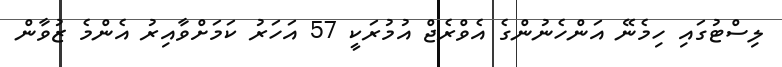
ލިސްޓުގައި ހިމެނޭ އަންހެނުންގެ އެވްރެޖް އުމުރަކީ 57 އަހަރު ކަމަށްވާއިރު އެންމެ ޒުވާން